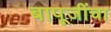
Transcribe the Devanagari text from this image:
बापूजींचा